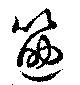
筯